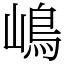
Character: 嶋